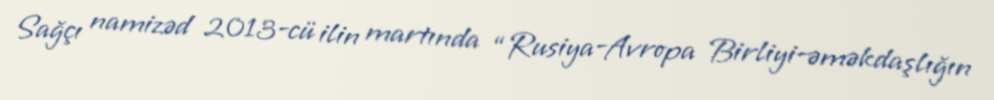
Sağçı namizəd 2013-cü ilin martında “Rusiya-Avropa Birliyi-əməkdaşlığın